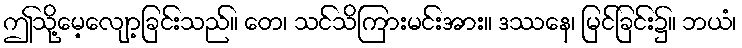
ဤသို့မေ့လျော့ခြင်းသည်။ တေ၊ သင်သိကြားမင်းအား။ ဒဿနေ၊ မြင်ခြင်း၌။ ဘယံ၊